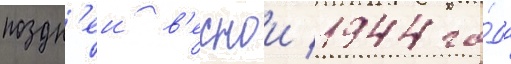
поздн'еи в'еснои 1944 го́да